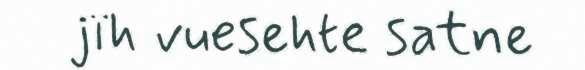
jïh vuesehte satne